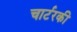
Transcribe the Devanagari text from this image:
चार्टरकी